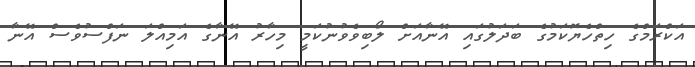
އަކްރަމްގެ ހިތްހެޔޮކަމުގެ ބަދަލުގައި އޭނާއަށް ލޯބިވެވުނުކަމީ މިހާރު އޭނާގެ އަމިއްލަ ނަފްސުވެސް އޭނާ